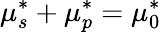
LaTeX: \mu_{s}^{*}+\mu_{p}^{*}=\mu_{0}^{*}